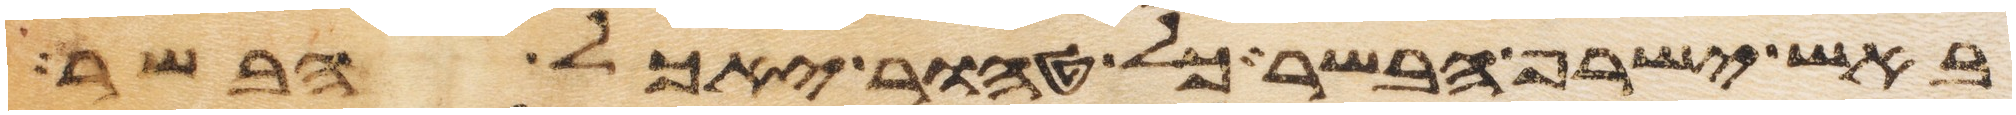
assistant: באש ישרף הבשר כל טהור יאכל בשר